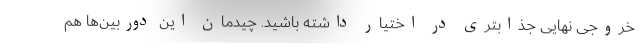
خروجی نهایی جذابتری در اختیار داشته باشید. چیدمان این دوربین‌ها هم